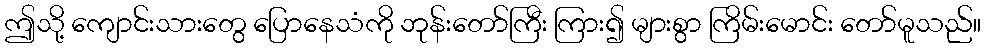
ဤသို့ ကျောင်းသားတွေ ပြောနေသံကို ဘုန်းတော်ကြီး ကြား၍ များစွာ ကြိမ်းမောင်း တော်မူသည်။